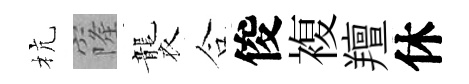
杭窿襲合俊複羶休